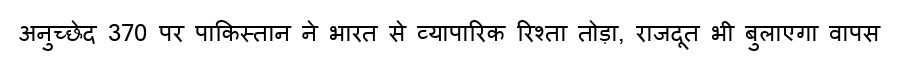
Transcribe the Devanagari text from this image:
अनुच्छेद 370 पर पाकिस्तान ने भारत से व्यापारिक रिश्ता तोड़ा, राजदूत भी बुलाएगा वापस